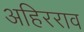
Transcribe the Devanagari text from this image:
अहिरराव